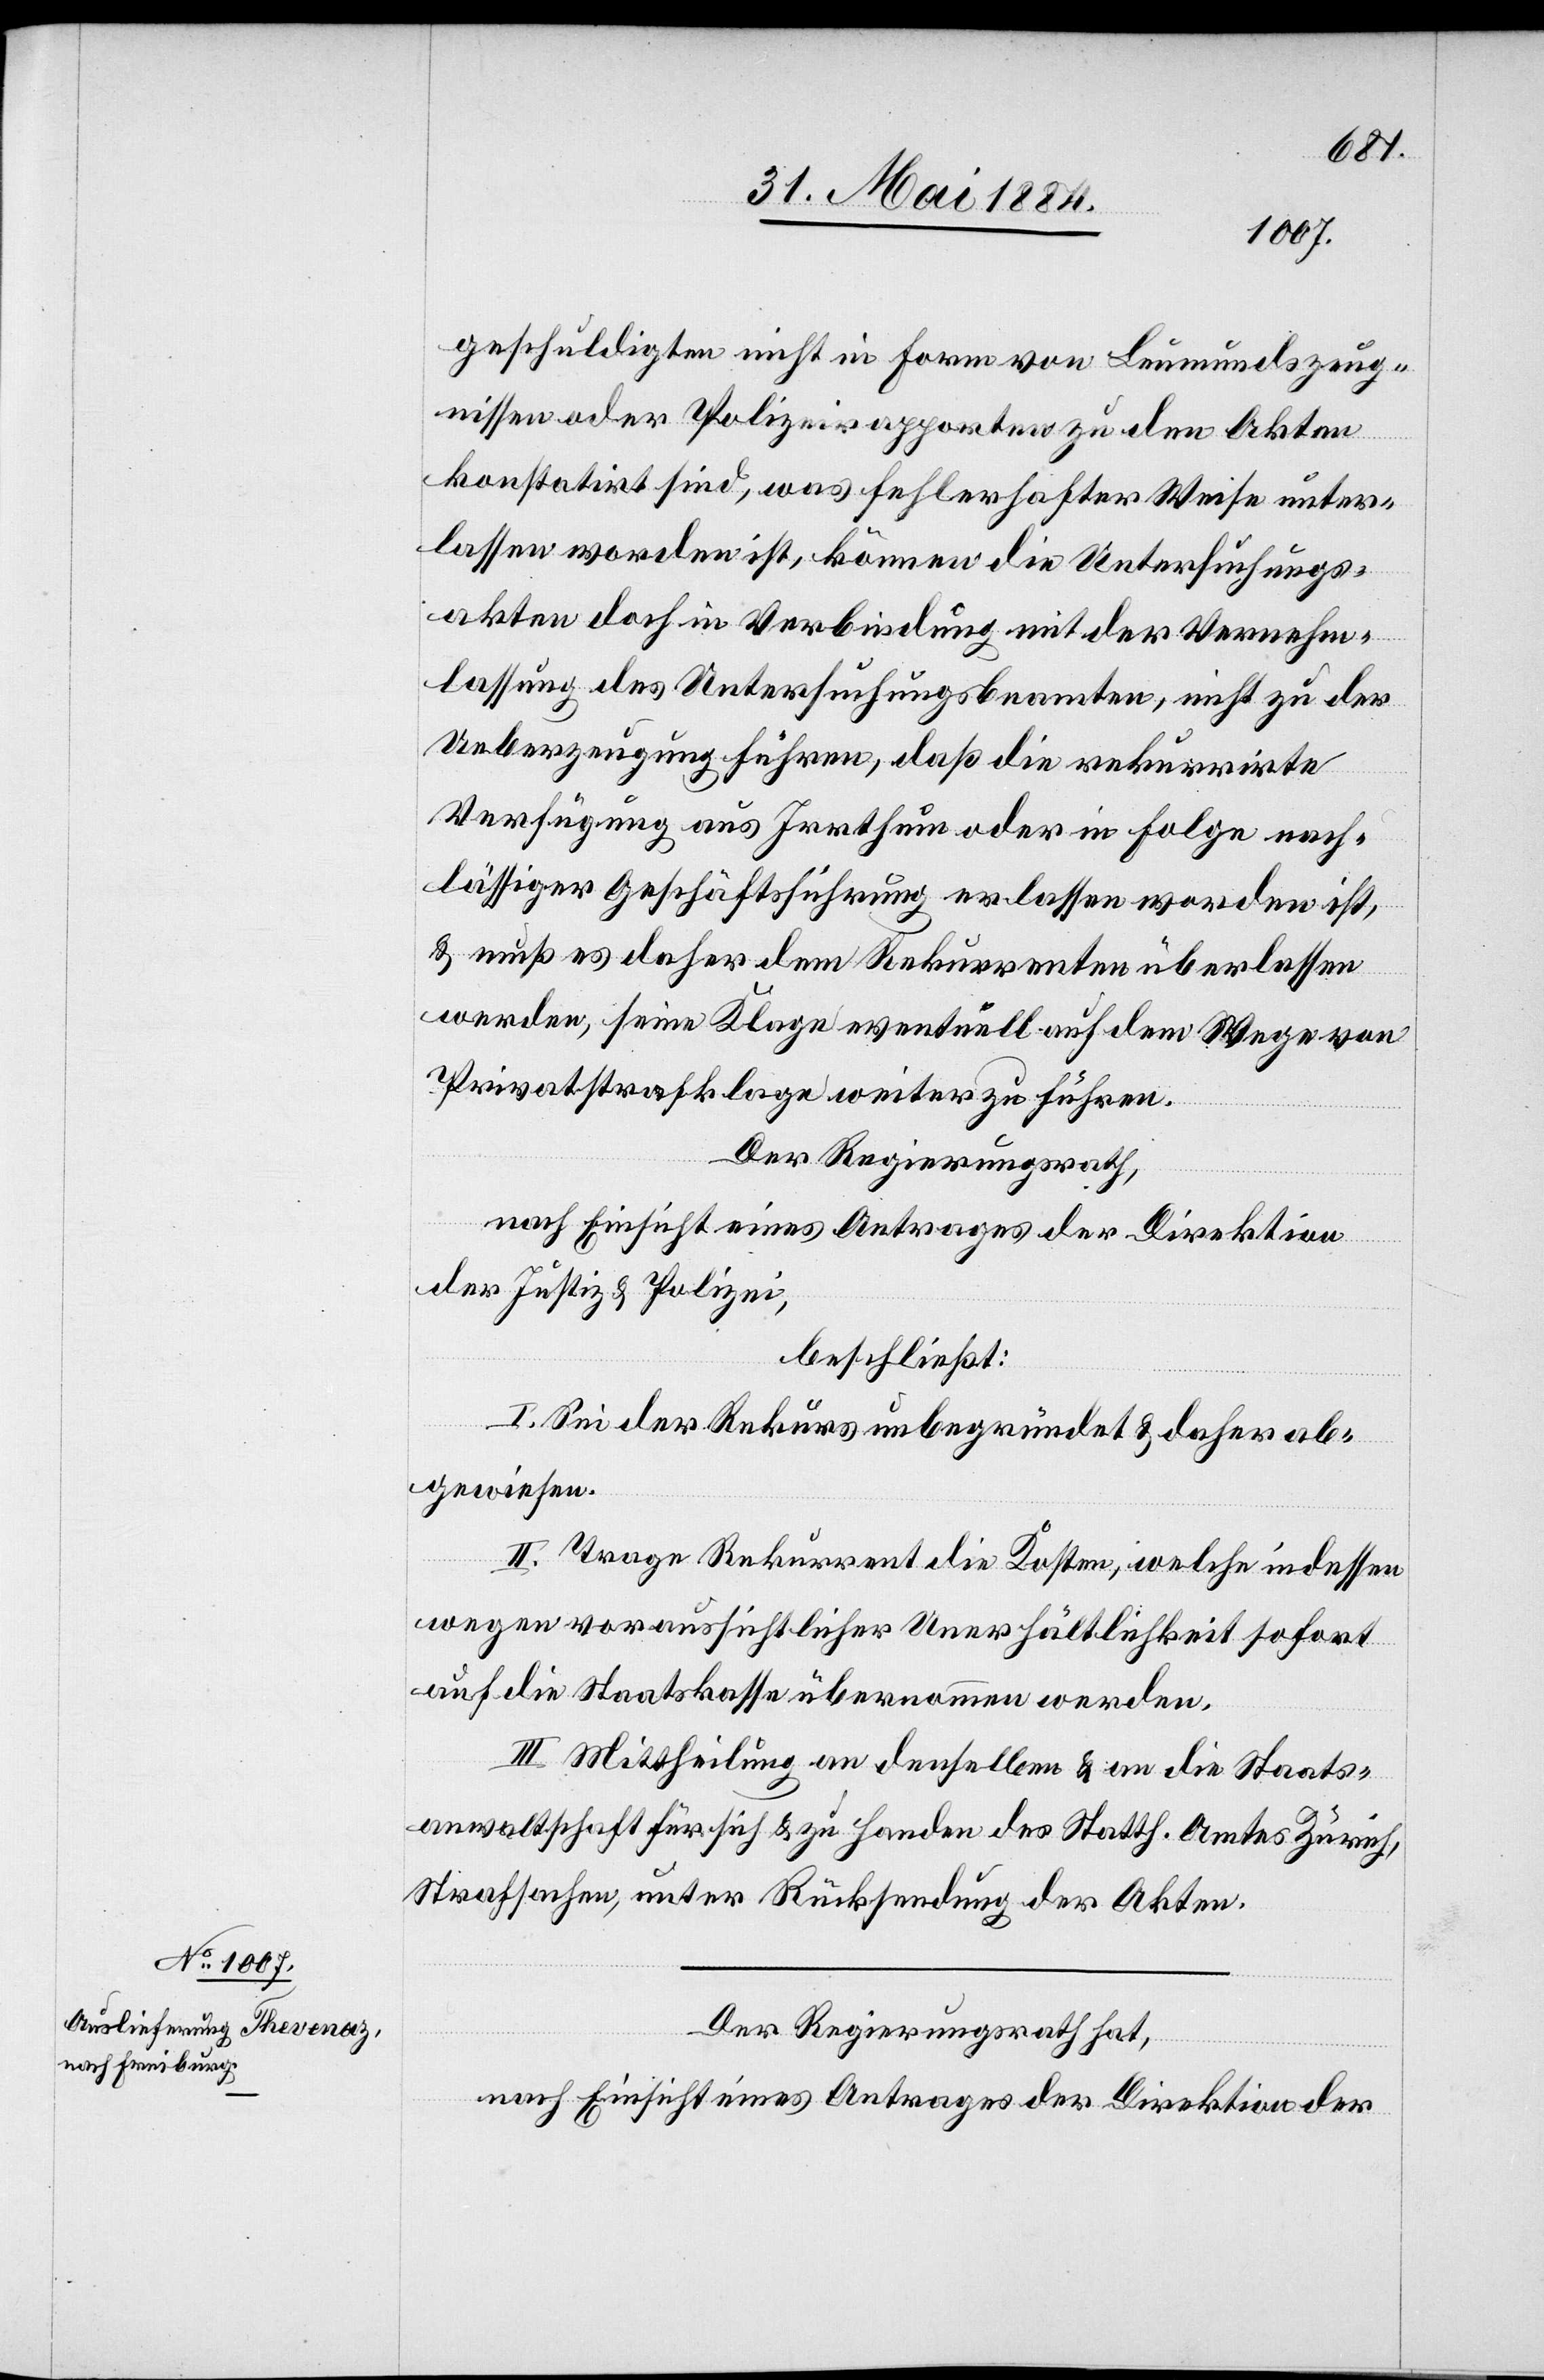
geschuldigten nicht in Form von Leumundszeug¬
nissen oder Polizeirapporten zu den Akten
konstatirt sind, was fehlerhafter Weise unter¬
lassen worden ist, können die Untersuchungs¬
akten doch in Verbindung mit der Vernehm¬
lassung des Untersuchungsbeamten, nicht zu der
Ueberzeugung führen, daß die rekurrirte
Verfügung aus Irrthum oder in Folge nach¬
lässiger Geschäftsführung erlassen worden ist,
& muß es daher dem Rekurrenten überlassen
werden, seine Klage eventuell auf dem Wege von
Privatstrafklage weiter zu führen.
Der Regierungsrath,
nach Einsicht eines Antrages der Direktion
der Justiz- & Polizei,
beschließt:
I. Sei der Rekurs unbegründet & daher ab¬
gewiesen.
II. Trage Rekurrent die Koten, welche indessen
wegen voraussichtlicher Unerhältlichkeit sofort
auf die Staatskasse übernommen werden.
III. Mittheilung an denselben & an die Staats¬
anwaltschaft für sich & zu Handen des Statth. Amtes Zürich,
Strafsachen, unter Rücksendung der Akten.
Der Regierungsrath hat,
nach Einsicht eines Antrages der Direktion der